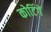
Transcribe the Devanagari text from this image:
कोटिंगें